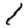
Digit: 1